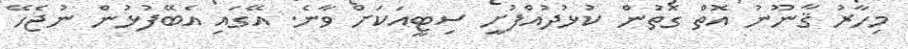
މިހާރު ޤާނޫނު އޮތް ގޮތުން ކުޅުދުއްފުށީ ސިޓީއަކަށް ވާނެ. އޭގައި އެބޭފުޅުން ނުޖެހޭ